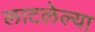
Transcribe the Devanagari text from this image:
लाटलेल्या